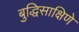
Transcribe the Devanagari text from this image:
बुद्धिसाक्षिणे